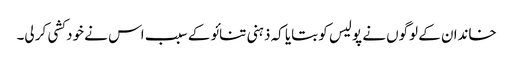
خاندان کے لوگوں نے پولیس کو بتایا کہ ذہنی تنائو کے سبب اس نے خود کشی کر لی۔